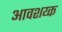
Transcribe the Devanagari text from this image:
आवशय्क